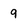
Character: 9